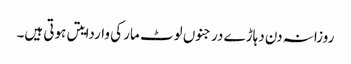
روزانہ دن دہاڑے درجنوں لوٹ مار کی واردایتں ہوتی ہیں۔